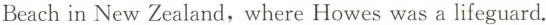
Beach in New Zealand,where Howes was a lifeguard.